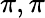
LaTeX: \pi,\pi